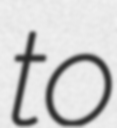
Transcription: to